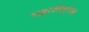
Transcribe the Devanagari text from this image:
गङ्गातीरमुपेत्य